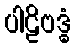
ပါဠိဗဒ္ဓံ